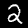
Digit: 2